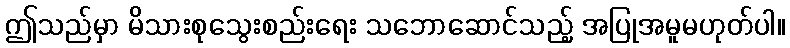
ဤသည်မှာ မိသားစုသွေးစည်းရေး သဘောဆောင်သည့် အပြုအမူမဟုတ်ပါ။